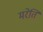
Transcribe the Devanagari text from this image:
मरेति